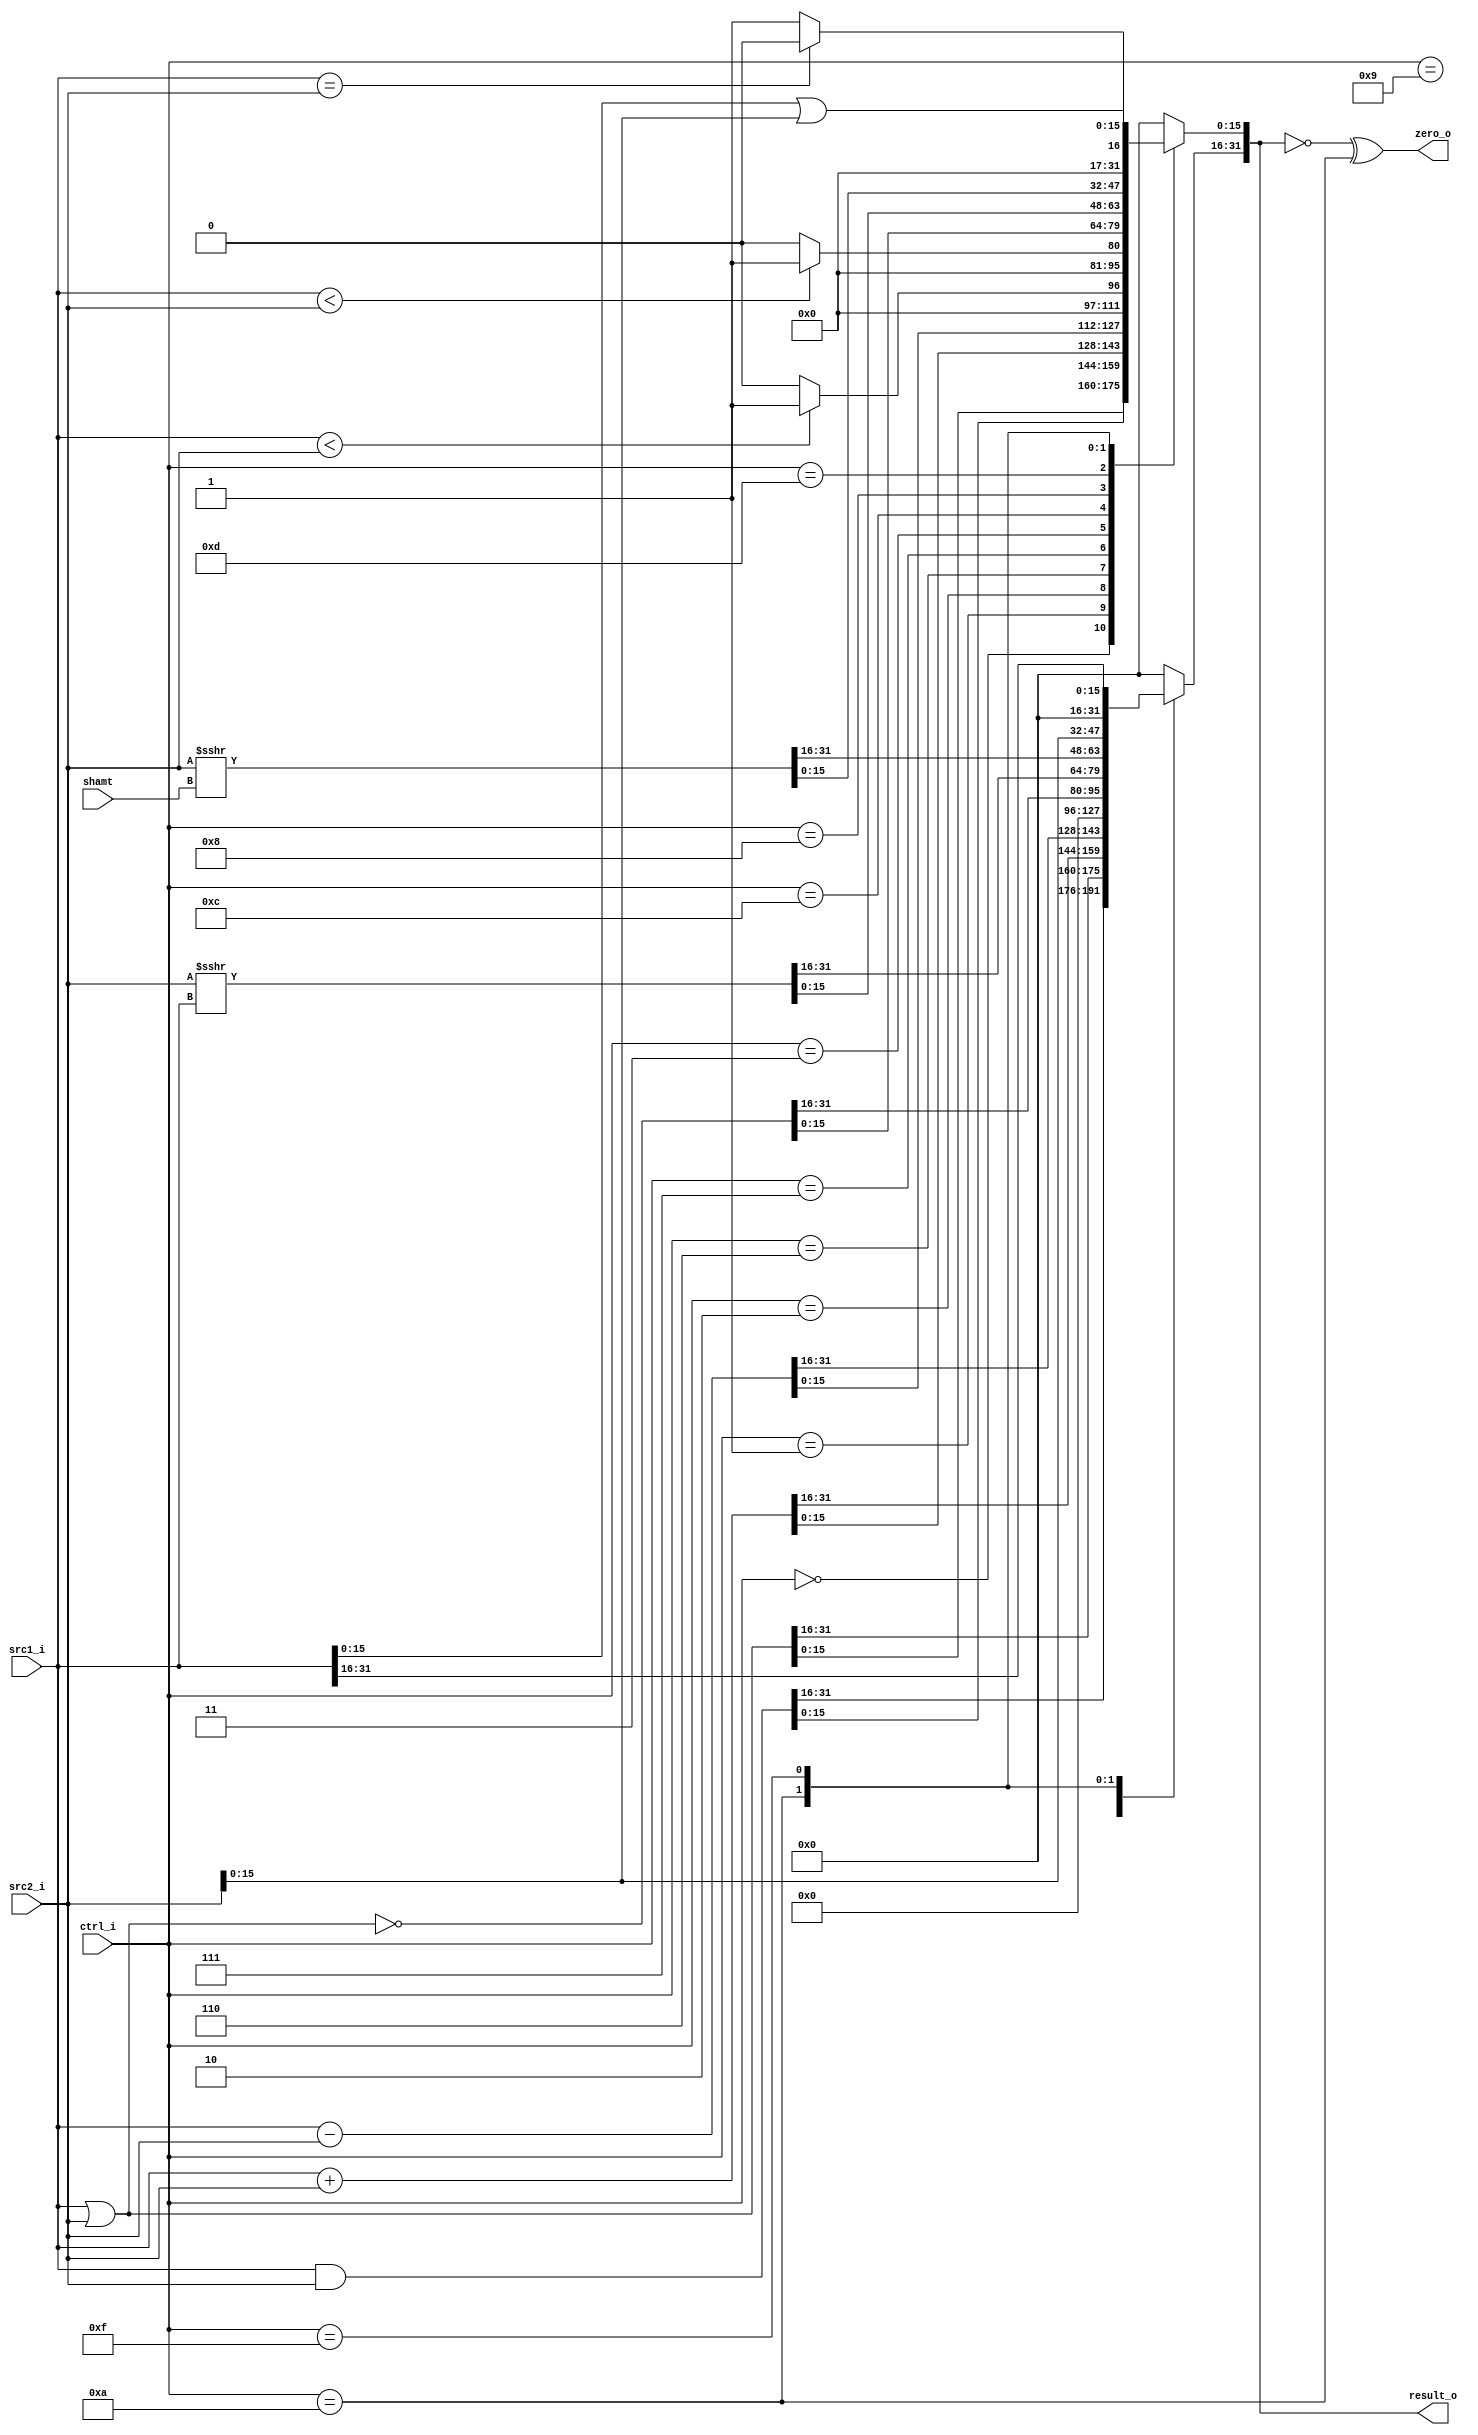

module ALU(
    src1_i,
    src2_i,
    ctrl_i,
    shamt,
    result_o,
    zero_o
    );

//I/O ports
input  [32-1:0]  src1_i;
input  [32-1:0]	 src2_i;
input  [4-1:0]   ctrl_i;
input  [4:0]     shamt;

output [32-1:0]	 result_o;
output           zero_o;

//Internal signals
reg    [32-1:0]  result_o;
wire             zero_o;

always @(*)
begin
    case (ctrl_i)
        4'b0000: result_o = src1_i & src2_i;                //and
        4'b0001: result_o = src1_i | src2_i;                //or
        4'b0010: result_o = src1_i + src2_i;                //add
        4'b0110: result_o = src1_i - src2_i;                //sub
        4'b0111: result_o = ($signed(src1_i) < $signed(src2_i)) ? 1 : 0;      //slt
        4'b0011: result_o = (src1_i < src2_i) ? 1 : 0;      //sltiu
        4'b1100: result_o = ~(src1_i | src2_i);             //nor
        4'b1000: result_o = $signed(src2_i) >>> src1_i;     //srav
        4'b1101: result_o = $signed(src2_i) >>> shamt;      //sra
        4'b1001: result_o = src2_i << 16;                   //lui
        4'b1010: result_o = (src1_i == src2_i) ? 0 : 1;     //bne
        4'b1111: 
            begin
                result_o[31:16] = src1_i[31:16];
                result_o[15:0] = src1_i[15:0] | src2_i[15:0];//ori
            end

        default: result_o = 0;
    endcase
end

assign zero_o = (result_o == 0) ^ (ctrl_i == 4'b1010);

endmodule